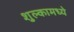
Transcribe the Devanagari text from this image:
शुल्कामध्ये